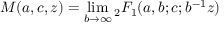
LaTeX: M ( a , c , z ) = \operatorname* { l i m } _ { b \to \infty } { } _ { 2 } F _ { 1 } ( a , b ; c ; b ^ { - 1 } z )